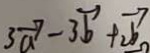
3 \overrightarrow { a } - 3 \overrightarrow { b } + 2 \overrightarrow { b }